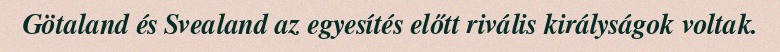
Götaland és Svealand az egyesítés előtt rivális királyságok voltak.